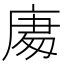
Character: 𭙧